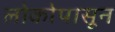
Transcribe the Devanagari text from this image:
लोकोपासून